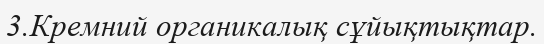
3.Кремний органикалық сұйықтықтар.